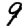
Digit: 9